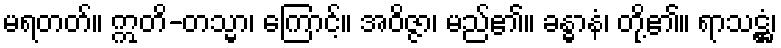
မရတတ်။ ဣတိ-တသ္မာ၊ ကြောင့်။ အဝိဇ္ဇာ၊ မည်၏။ ခန္ဓာနံ၊ တို့၏။ ရာသဋ္ဌံ၊